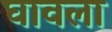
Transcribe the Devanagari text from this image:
घावला